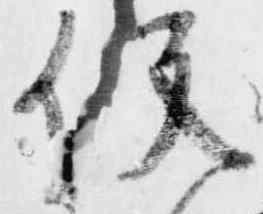
役